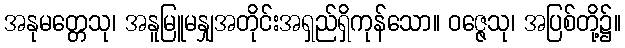
အနုမတ္တေသု၊ အနူမြူမနျှအတိုင်းအရှည်ရှိကုန်သော။ ဝဇ္ဇေသု၊ အပြစ်တို့၌။